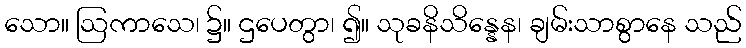
သော။ ဩကာသေ၊ ၌။ ဌပေတွာ၊ ၍။ သုခနိသိန္နေန၊ ချမ်းသာစွာနေ သည်